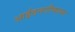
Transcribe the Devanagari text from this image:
आईडनटीफायर